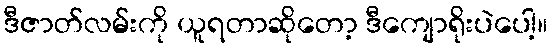
ဒီဇာတ်လမ်းကို ယူရတာဆိုတော့ ဒီကျောရိုးပဲပေါ့။